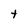
Character: t